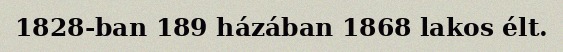
1828-ban 189 házában 1868 lakos élt.